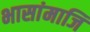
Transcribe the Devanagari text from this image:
भासांमाजि